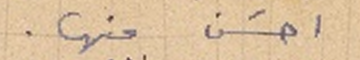
احسَن منها.